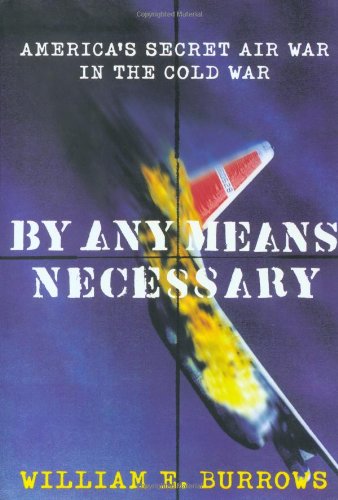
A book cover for By Any Means Necessary: America's Secret Air War in the Cold War; William E. Burrows; History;